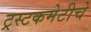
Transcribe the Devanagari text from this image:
ट्रस्टकमेटीचे